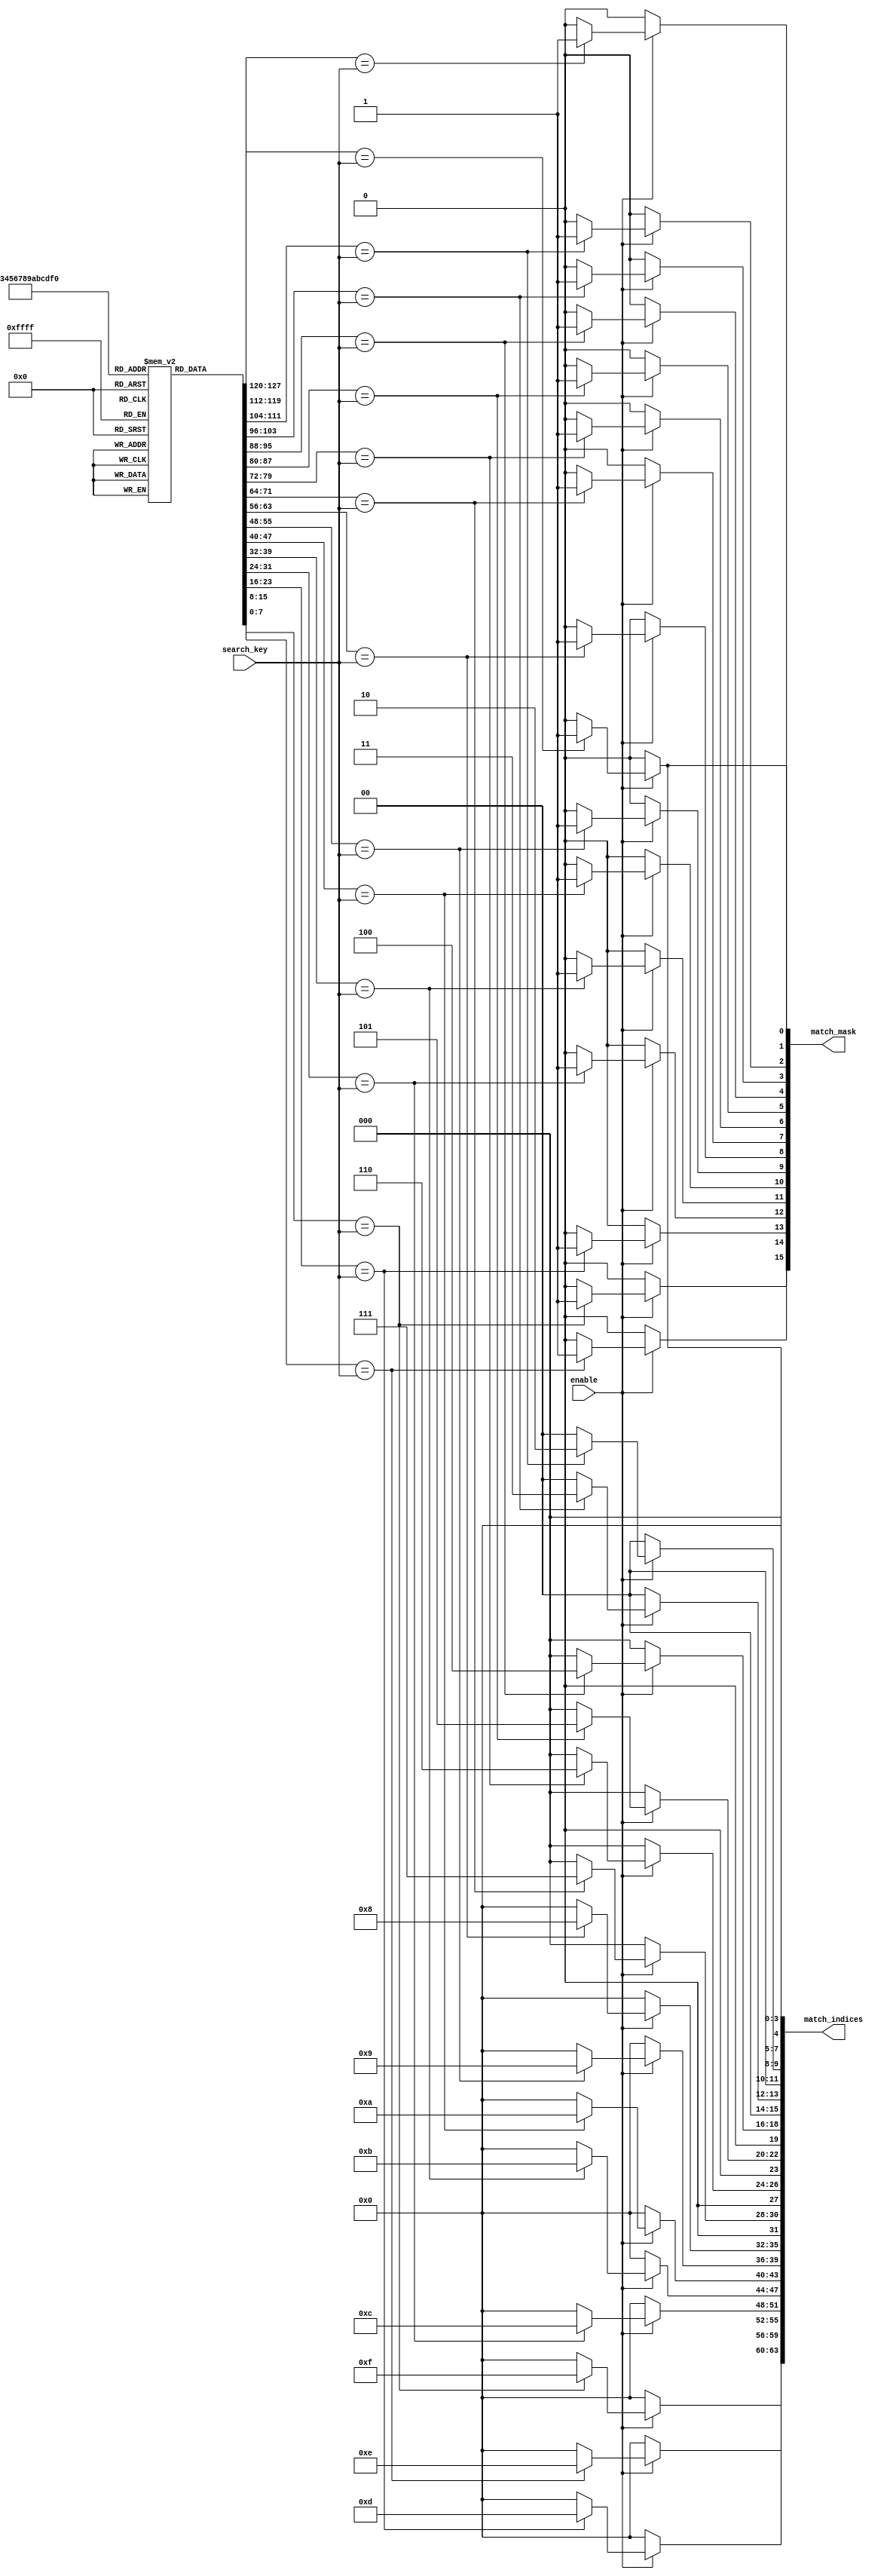
module Multimatch_CAM #(
    parameter DATA_WIDTH = 8,  // Width of each data entry
    parameter NUM_ENTRIES = 16  // Number of entries in the CAM
)(
    input wire [DATA_WIDTH-1:0] search_key,  // Input search key
    input wire enable,                        // Enable signal for the CAM
    output reg [NUM_ENTRIES-1:0] match_mask, // Output match mask indicating matching entries
    output reg [NUM_ENTRIES*4-1:0] match_indices // Output indices of matching entries
);

    // Storage array to hold the CAM entries
    reg [DATA_WIDTH-1:0] storage_array [0:NUM_ENTRIES-1];

    // Internal signal to hold match results
    integer i;

    // Initialize the storage array (for simulation purposes)
    initial begin
        // Example initialization (can be modified as needed)
        for (i = 0; i < NUM_ENTRIES; i = i + 1) begin
            storage_array[i] = i; // Just an example, can be replaced with actual data
        end
    end

    // Search logic
    always @* begin
        if (enable) begin
            match_mask = 0; // Clear match mask
            match_indices = 0; // Clear match indices
            for (i = 0; i < NUM_ENTRIES; i = i + 1) begin
                if (storage_array[i] == search_key) begin
                    match_mask[i] = 1'b1; // Set match mask for matching entry
                    match_indices[i*4 +: 4] = i; // Store index of matching entry
                end
            end
        end else begin
            match_mask = 0; // Disable match mask when not enabled
            match_indices = 0; // Disable match indices when not enabled
        end
    end

endmodule